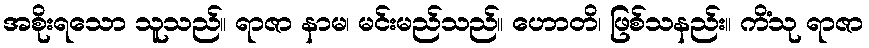
အစိုးရသော သူသည်။ ရာဇာ နာမ၊ မင်းမည်သည်။ ဟောတိ၊ ဖြစ်သနည်း။ ကိံသု ရာဇာ